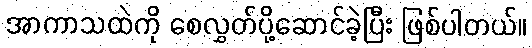
အာကာသထဲကို စေလွှတ်ပို့ဆောင်ခဲ့ပြီး ဖြစ်ပါတယ်။